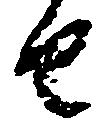
由